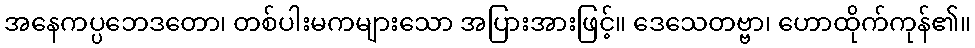
အနေကပ္ပဘေဒတော၊ တစ်ပါးမကများသော အပြားအားဖြင့်။ ဒေသေတဗ္ဗာ၊ ဟောထိုက်ကုန်၏။